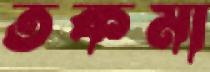
তকমা